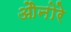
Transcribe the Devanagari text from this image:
औनोरे